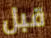
قبل